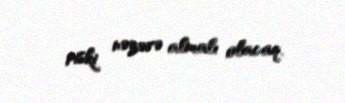
riski nəzərə almalı olacaq.